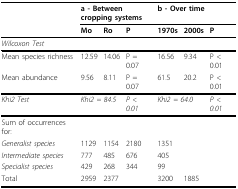
<table><thead><tr><td></td><td colspan="3"><b>a - Between cropping systems</b></td><td colspan="3"><b>b - Over time</b></td></tr><tr><td></td><td><b>Mo</b></td><td><b>Ro</b></td><td><b>P</b></td><td><b>1970s</b></td><td><b>2000s</b></td><td><b>P</b></td></tr></thead><tbody><tr><td><i>Wilcoxon Test</i></td><td></td><td></td><td></td><td></td><td></td><td></td></tr><tr><td>Mean species richness</td><td>12.59</td><td>14.06</td><td>P = 0.07</td><td>16.56</td><td>9.34</td><td>P &lt; 0.01</td></tr><tr><td>Mean abundance</td><td>9.56</td><td>8.11</td><td>P = 0.07</td><td>61.5</td><td>20.2</td><td>P &lt; 0.01</td></tr><tr><td><i>Khi2 Test</i></td><td colspan="2"><i>Khi2 = 84.5</i></td><td><i>P &lt; 0.01</i></td><td colspan="2"><i>Khi2 = 64.0</i></td><td><i>P &lt; 0.01</i></td></tr><tr><td>Sum of occurrences for:</td><td></td><td></td><td></td><td></td><td></td><td></td></tr><tr><td><i>Generalist species</i></td><td>1129</td><td>1154</td><td></td><td>2180</td><td>1351</td><td></td></tr><tr><td><i>Intermediate species</i></td><td>777</td><td>485</td><td></td><td>676</td><td>405</td><td></td></tr><tr><td><i>Specialist species</i></td><td>429</td><td>268</td><td></td><td>344</td><td>99</td><td></td></tr><tr><td>Total</td><td>2959</td><td>2377</td><td></td><td>3200</td><td>1885</td><td></td></tr></tbody></table>